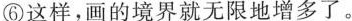
②有了窗子，内外就发生了交流。